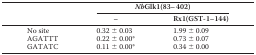
| <ROWSPAN=2>  | <COLSPAN=2> NbGlk1(83–402) |
 | – | Rx1(GST-1–144) |
 | --- | --- | --- |
 | No site | 0.32 ± 0.03 | 1.99 ± 0.09 |
 | AGATTT | 0.22 ± 0.00* | 0.73 ± 0.07 |
 | GATATC | 0.11 ± 0.00* | 0.34 ± 0.00 |